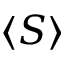
\langle S \rangle